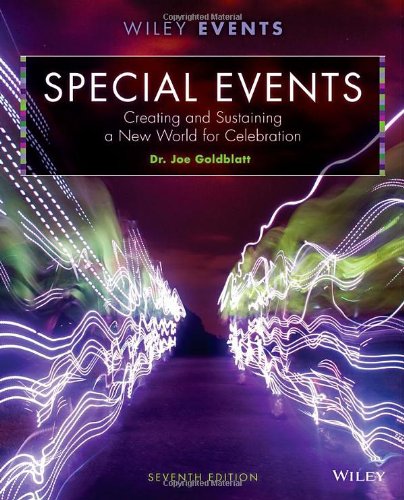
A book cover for Special Events: Creating and Sustaining a New World for Celebration, (7th Edition); Joe Goldblatt; Business & Money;